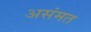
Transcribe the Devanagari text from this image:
असंमत